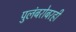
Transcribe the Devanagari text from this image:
पुलंबरोबरही